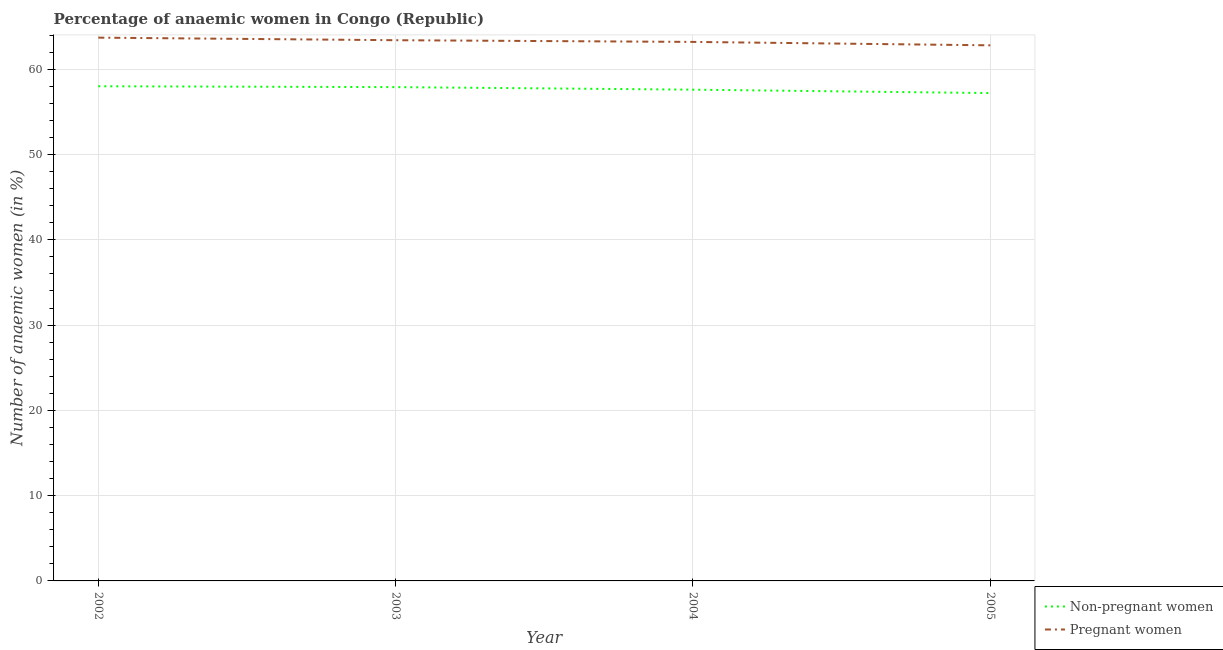
| Year | Non-pregnant women | Pregnant women |
 | --- | --- | --- |
 | 2002 | 58 | 63.7 |
 | 2003 | 57.9 | 63.4 |
 | 2004 | 57.6 | 63.2 |
 | 2005 | 57.2 | 62.8 |